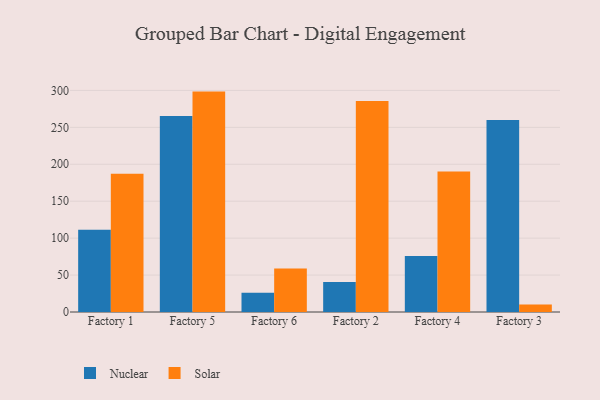
{"axis": {"x": "Factory", "y": "Demand Index"}, "legend": ["Nuclear", "Solar"], "data": [{"x": "Factory 1", "y": 111.2, "type": "Nuclear"}, {"x": "Factory 1", "y": 187.1, "type": "Solar"}, {"x": "Factory 5", "y": 265.2, "type": "Nuclear"}, {"x": "Factory 5", "y": 298.4, "type": "Solar"}, {"x": "Factory 6", "y": 26.2, "type": "Nuclear"}, {"x": "Factory 6", "y": 58.8, "type": "Solar"}, {"x": "Factory 2", "y": 40.5, "type": "Nuclear"}, {"x": "Factory 2", "y": 285.6, "type": "Solar"}, {"x": "Factory 4", "y": 75.8, "type": "Nuclear"}, {"x": "Factory 4", "y": 190.2, "type": "Solar"}, {"x": "Factory 3", "y": 259.9, "type": "Nuclear"}, {"x": "Factory 3", "y": 10.1, "type": "Solar"}]}